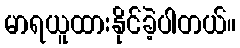
မာရယူထားနိုင်ခဲ့ပါတယ်။